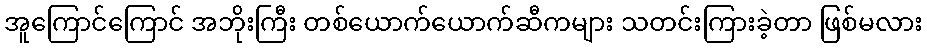
အူကြောင်ကြောင် အဘိုးကြီး တစ်ယောက်ယောက်ဆီကများ သတင်းကြားခဲ့တာ ဖြစ်မလား